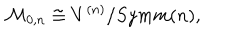
{ \cal M } _ { 0 , n } \cong V ^ { ( n ) } / { S y m m } ( n ) ,